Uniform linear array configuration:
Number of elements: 8
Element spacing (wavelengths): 0.5
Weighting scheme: exponential
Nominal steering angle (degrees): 45
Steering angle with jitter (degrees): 46.008
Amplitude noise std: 0.05
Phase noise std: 0.05

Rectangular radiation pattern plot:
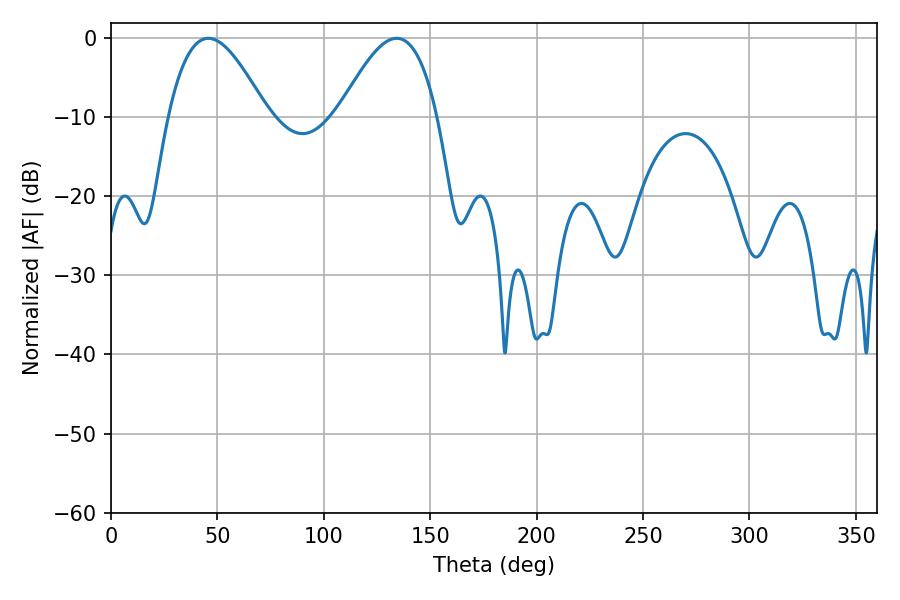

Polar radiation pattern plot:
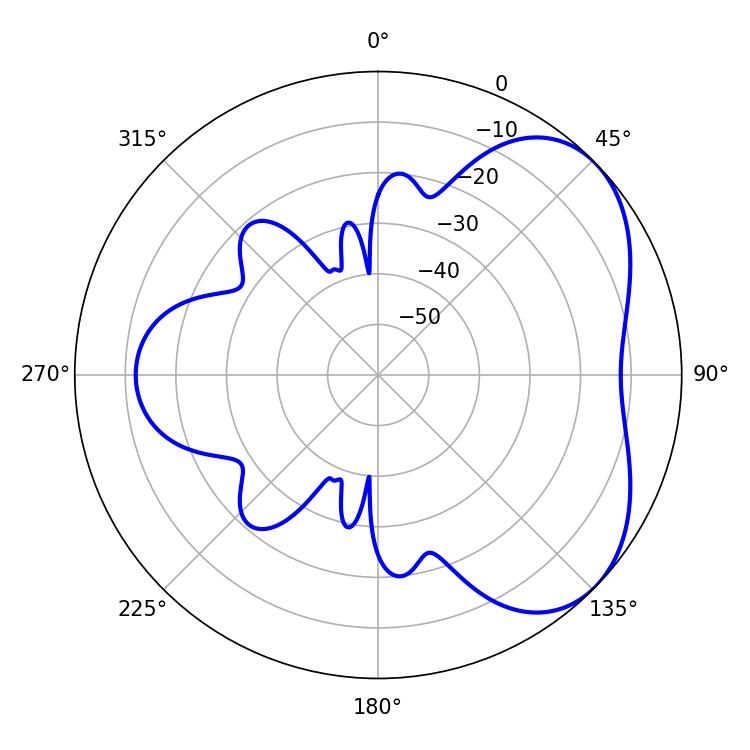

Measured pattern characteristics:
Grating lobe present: FALSE
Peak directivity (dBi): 4.57
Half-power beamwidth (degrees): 25.2
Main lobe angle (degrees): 45.72